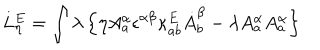
L _ { \eta } ^ { E } = \int \lambda \left\{ \eta A _ { a } ^ { \alpha } \epsilon ^ { \alpha \beta } \kappa _ { a b } ^ { E } \dot { A } _ { b } ^ { \beta } - \lambda A _ { a } ^ { \alpha } A _ { a } ^ { \alpha } \right\}